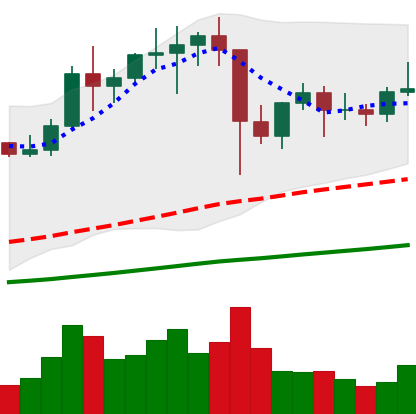
Ticker: LTC-USD
Chart end date: 2021-01-19
Forward return: -7.825%
Label: down_7plus